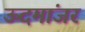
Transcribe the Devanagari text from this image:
ऊदमांजर